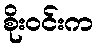
စိုးဝင်းက